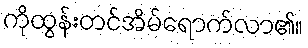
ကိုထွန်းတင်အိမ်ရောက်လာ၏။